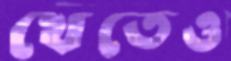
খেতেও